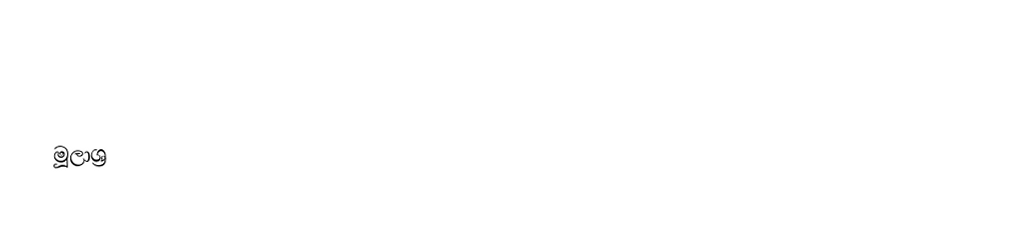

මූලාශ්‍ර